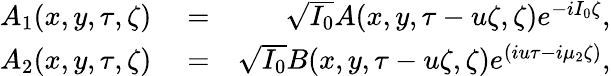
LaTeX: \begin{array}{rlr}{A_{1}(x,y,\tau,\zeta)}&{{}=}&{\sqrt{I_{0}}A(x,y,\tau-u\zeta,\zeta)e^{-iI_{0}\zeta},}\\ {A_{2}(x,y,\tau,\zeta)}&{{}=}&{\sqrt{I_{0}}B(x,y,\tau-u\zeta,\zeta)e^{(iu\tau-i\mu_{2}\zeta)},}\end{array}